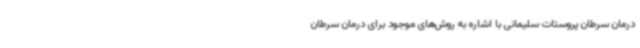
درمان سرطان پروستات سلیمانی با اشاره به روش‌های موجود برای درمان سرطان